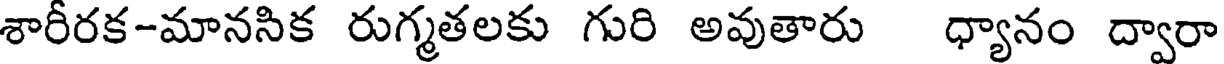
శారీరక-మానసిక రుగ్మతలకు గురి అవుతారు ధ్యానం ద్వారా